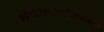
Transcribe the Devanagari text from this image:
शंकराचार्यांसारख्या